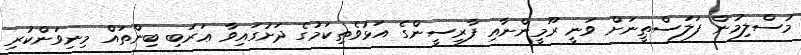
މުސްލިމުން ފަލަސްޠީނަށް ވަނީ ރޫމީންނާއި ފާރިސީންގެ އަޅުވެތިކަމުގެ ދަށުގައިވާ ޢަރަބި ބިންތައް މިނިވަންކުރި